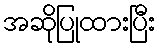
အဆိုပြုထားပြီး